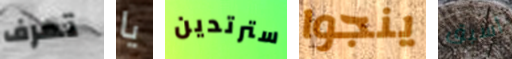
تعرف يا سترتدين ينجوا أسبق